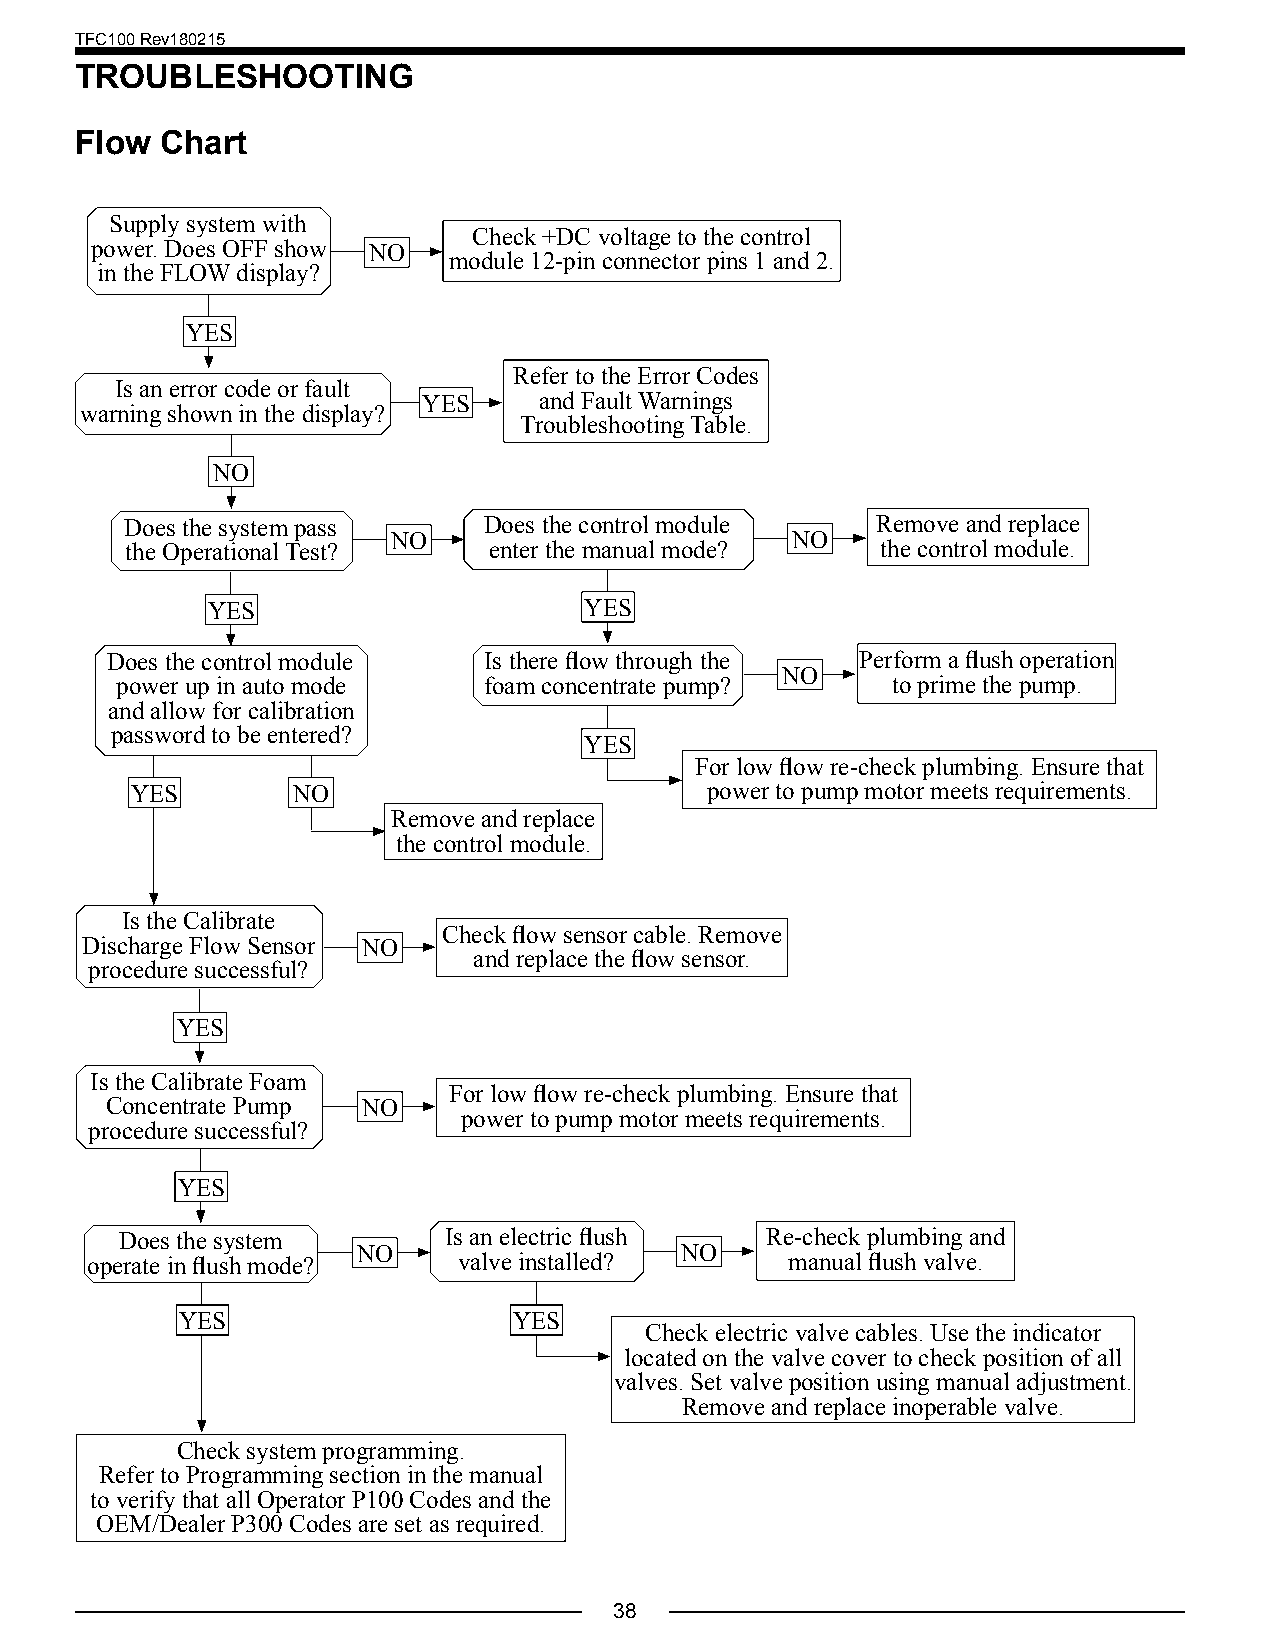
TFC100 Rev180215
 TROUBLESHOOTING
 Flow  Chart
 Supply system with
 Check +DC voltage to the control
 power. Does OFF show NO
 module 12-pin connector pins 1 and 2.
 in the FLOW display?
 YES
 Refer to the Error Codes
 Is an error code or fault
 YES     and Fault Warnings
 warning shown in the display?
 Troubleshooting Table.
 NO
 Does the system pass    Does the control module   Remove and replace
 NO                        NO
 the Operational Test?   enter the manual mode?    the control module.
 YES                      YES
 Does the control module  Is there flow through the Perform a flush operation
 NO
 power up in auto mode   foam concentrate pump?     to prime the pump.
 and allow for calibration
 password to be entered?
 YES
 For low flow re-check plumbing. Ensure that
 YES       NO                          power to pump motor meets requirements.
 Remove and replace
 the control module.
 Is the Calibrate
 Check flow sensor cable. Remove
 Discharge Flow Sensor NO
 and replace the flow sensor.
 procedure successful?
 YES
 Is the Calibrate Foam
 For low flow re-check plumbing. Ensure that
 Concentrate Pump NO
 power to pump motor meets requirements.
 procedure successful?
 YES
 Does the system      Is an electric flush  Re-check plumbing and
 NO                   NO
 operate in flush mode?  valve installed?      manual flush valve.
 YES                   YES
 Check electric valve cables. Use the indicator
 located on the valve cover to check position of all
 valves. Set valve position using manual adjustment.
 Remove and replace inoperable valve.
 Check system programming.
 Refer to Programming section in the manual
 to verify that all Operator P100 Codes and the
 OEM/Dealer P300 Codes are set as required.
 38